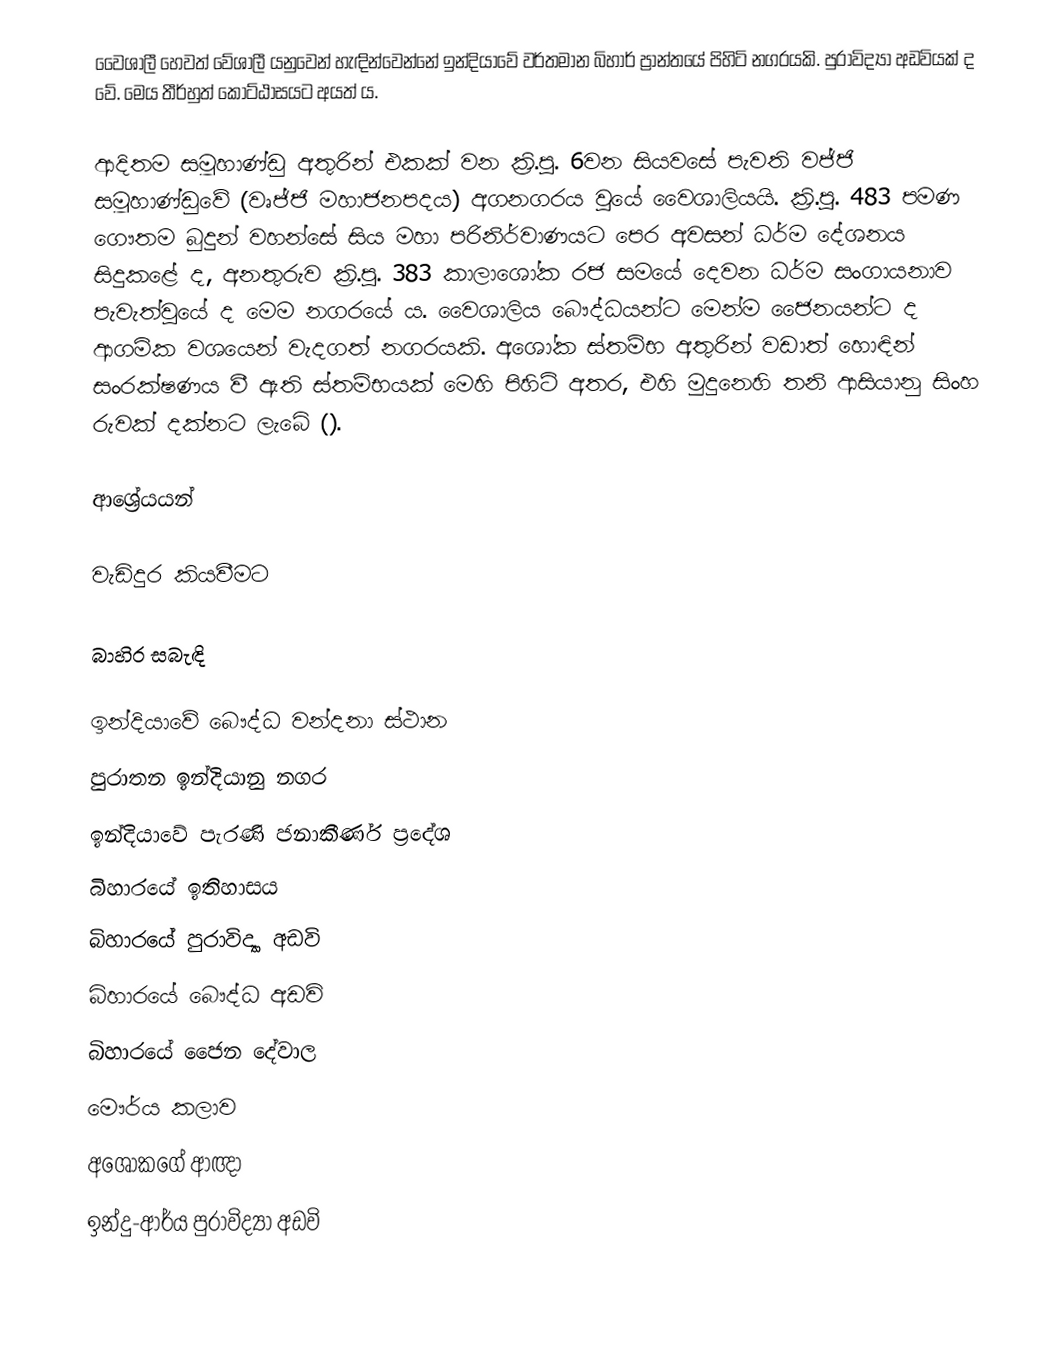
වෛශාලී හෙවත් වේශාලී යනුවෙන් හැඳින්වෙන්නේ ඉන්දියාවේ වර්තමාන බිහාර් ප්‍රාන්තයේ පිහිටි නගරයකි. පුරාවිද්‍යා අඩවියක් ද වේ. මෙය තීර්හුත් කොට්ඨාසයට අයත් ය.

ආදිතම සමූහාණ්ඩු අතුරින් එකක් වන ක්‍රි.පූ. 6වන සියවසේ පැවති වජ්ජි සමූහාණ්ඩුවේ (වෘජ්ජි මහාජනපදය) අගනගරය වූයේ වෛශාලියයි. ක්‍රි.පූ. 483 පමණ ගෞතම බුදුන් වහන්සේ  සිය මහා පරිනිර්වාණයට පෙර අවසන් ධර්ම දේශනය සිදුකළේ ද, අනතුරුව ක්‍රි.පූ. 383 කාලාශෝක රජ සමයේ දෙවන ධර්ම සංගායනාව පැවැත්වූයේ ද මෙම නගරයේ ය. වෛශාලිය බෞද්ධයන්ට මෙන්ම ජෛනයන්ට ද ආගමික වශයෙන් වැදගත් නගරයකි. අශෝක ස්‍තම්භ අතුරින් වඩාත් හොඳින් සංරක්ෂණය වී ඇති ස්තම්භයක් මෙහි පිහිටි අතර, එහි මුදුනෙහි තනි ආසියානු සිංහ රුවක් දක්නට ලැබේ ().

ආශ්‍රේයයන්

වැඩිදුර කියවීමට

බාහිර සබැඳි

ඉන්දියාවේ බෞද්ධ වන්දනා ස්ථාන
පුරාතන ඉන්දියානු නගර
ඉන්දියාවේ පැරණි ජනාකීර්ණ ප්‍රදේශ
බිහාරයේ ඉතිහාසය
බිහාරයේ පුරාවිද්‍යා අඩවි
බිහාරයේ බෞද්ධ අඩවි
බිහාරයේ ජෛන දේවාල
මෞර්ය කලාව
අශෝකගේ ආඥා
ඉන්දු-ආර්ය පුරාවිද්‍යා අඩවි